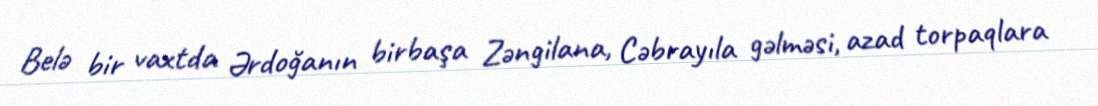
Belə bir vaxtda Ərdoğanın birbaşa Zəngilana, Cəbrayıla gəlməsi, azad torpaqlara